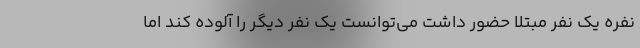
نفره یک نفر مبتلا حضور داشت می‌توانست یک نفر دیگر را آلوده کند اما